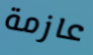
عازمة